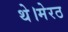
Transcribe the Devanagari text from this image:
थे।मेरठ